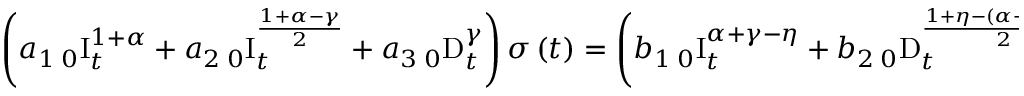
\left( a _ { 1 } \, _ { 0 } \mathrm { I } _ { t } ^ { 1 + \alpha } + a _ { 2 } \, _ { 0 } \mathrm { I } _ { t } ^ { \frac { 1 + \alpha - \gamma } { 2 } } + a _ { 3 } \, _ { 0 } \mathrm { D } _ { t } ^ { \gamma } \right) \sigma \left( t \right) = \left( b _ { 1 } \, _ { 0 } \mathrm { I } _ { t } ^ { \alpha + \gamma - \eta } + b _ { 2 } \, _ { 0 } \mathrm { D } _ { t } ^ { \frac { 1 + \eta - \left( \alpha + \gamma - \eta \right) } { 2 } } + b _ { 3 } \, _ { 0 } \mathrm { D } _ { t } ^ { 1 + \eta } \right) \varepsilon \left( t \right) ,